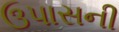
ઉપાસની